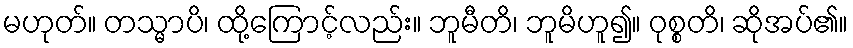
မဟုတ်။ တသ္မာပိ၊ ထို့ကြောင့်လည်း။ ဘူမီတိ၊ ဘူမိဟူ၍။ ဝုစ္စတိ၊ ဆိုအပ်၏။